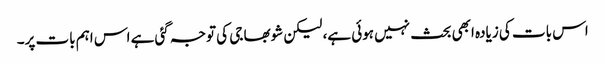
اس بات کی زیادہ ابھی بحث نہیں ہوئی ہے، لیکن شوبھا جی کی توجہ گئی ہے اس اہم بات پر۔